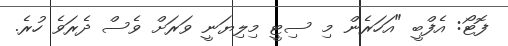
ފޮޓޯ: އެފްބީ "އަހަރެން މި ސިޓީ މިލިޔަނީ ވަރަށް ވެސް ދެރަވެ ހުރެ.